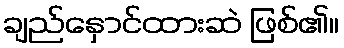
ချည်နှောင်ထားဆဲ ဖြစ်၏။